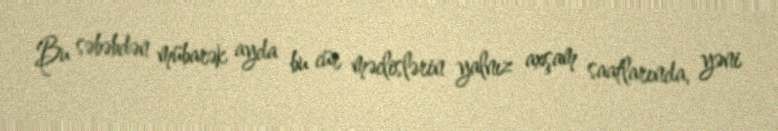
Bu səbəbdən mübarək ayda bu cür məclislərin yalnız axşam saatlarında, yəni